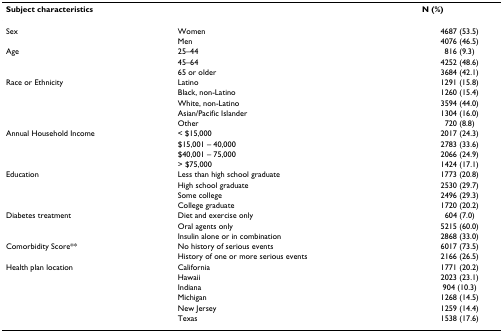
<table><thead><tr><td colspan="2"><b>Subject characteristics</b></td><td><b>N (%)</b></td></tr></thead><tbody><tr><td>Sex</td><td>Women</td><td>4687 (53.5)</td></tr><tr><td></td><td>Men</td><td>4076 (46.5)</td></tr><tr><td>Age</td><td>25–44</td><td>816 (9.3)</td></tr><tr><td></td><td>45–64</td><td>4252 (48.6)</td></tr><tr><td></td><td>65 or older</td><td>3684 (42.1)</td></tr><tr><td>Race or Ethnicity</td><td>Latino</td><td>1291 (15.8)</td></tr><tr><td></td><td>Black, non-Latino</td><td>1260 (15.4)</td></tr><tr><td></td><td>White, non-Latino</td><td>3594 (44.0)</td></tr><tr><td></td><td>Asian/Pacific Islander</td><td>1304 (16.0)</td></tr><tr><td></td><td>Other</td><td>720 (8.8)</td></tr><tr><td>Annual Household Income</td><td>&lt; $15,000</td><td>2017 (24.3)</td></tr><tr><td></td><td>$15,001 – 40,000</td><td>2783 (33.6)</td></tr><tr><td></td><td>$40,001 – 75,000</td><td>2066 (24.9)</td></tr><tr><td></td><td>&gt; $75,000</td><td>1424 (17.1)</td></tr><tr><td>Education</td><td>Less than high school graduate</td><td>1773 (20.8)</td></tr><tr><td></td><td>High school graduate</td><td>2530 (29.7)</td></tr><tr><td></td><td>Some college</td><td>2496 (29.3)</td></tr><tr><td></td><td>College graduate</td><td>1720 (20.2)</td></tr><tr><td>Diabetes treatment</td><td>Diet and exercise only</td><td>604 (7.0)</td></tr><tr><td></td><td>Oral agents only</td><td>5215 (60.0)</td></tr><tr><td></td><td>Insulin alone or in combination</td><td>2868 (33.0)</td></tr><tr><td>Comorbidity Score**</td><td>No history of serious events</td><td>6017 (73.5)</td></tr><tr><td></td><td>History of one or more serious events</td><td>2166 (26.5)</td></tr><tr><td>Health plan location</td><td>California</td><td>1771 (20.2)</td></tr><tr><td></td><td>Hawaii</td><td>2023 (23.1)</td></tr><tr><td></td><td>Indiana</td><td>904 (10.3)</td></tr><tr><td></td><td>Michigan</td><td>1268 (14.5)</td></tr><tr><td></td><td>New Jersey</td><td>1259 (14.4)</td></tr><tr><td></td><td>Texas</td><td>1538 (17.6)</td></tr></tbody></table>